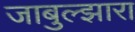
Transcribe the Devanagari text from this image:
जाबुल्झारा